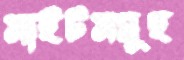
সাইটসমূহ